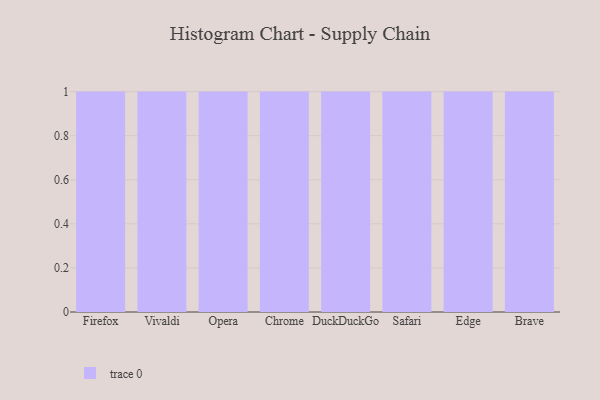
{"axis": {"x": "Browser", "y": "Active Users"}, "legend": [""], "data": [{"x": "Firefox", "y": 82, "type": ""}, {"x": "Vivaldi", "y": 18, "type": ""}, {"x": "Opera", "y": 62, "type": ""}, {"x": "Chrome", "y": 46, "type": ""}, {"x": "DuckDuckGo", "y": 85, "type": ""}, {"x": "Safari", "y": 85, "type": ""}, {"x": "Edge", "y": 42, "type": ""}, {"x": "Brave", "y": 91, "type": ""}]}